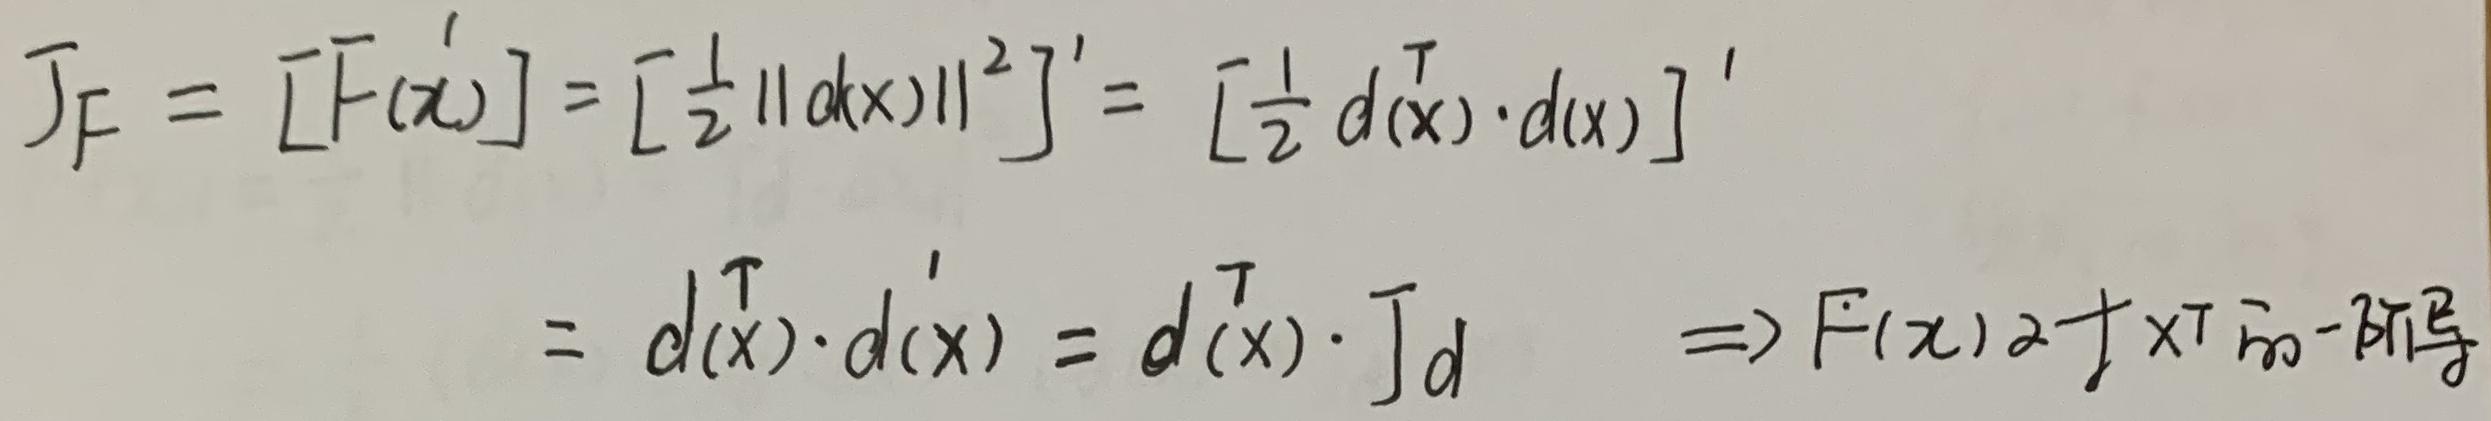
\[
\begin{align*}
J_F&=[F(x)]'=\left[\frac{1}{2}\|d(x)\|^2\right]'=\left[\frac{1}{2}d(x)^T\cdot d(x)\right]'\\
&=d(x)^T\cdot d'(x)=d(x)^T\cdot J_d\quad\Rightarrow F(x)\alpha\int x^T\overline{m}-\beta\pi\overline{g}
\end{align*}
\]